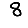
Digit: 8